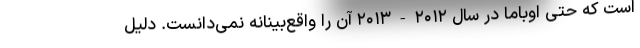
است که حتی اوباما در سال ۲۰۱۲-۲۰۱۳ آن را واقع‌بینانه نمی‌دانست. دلیل